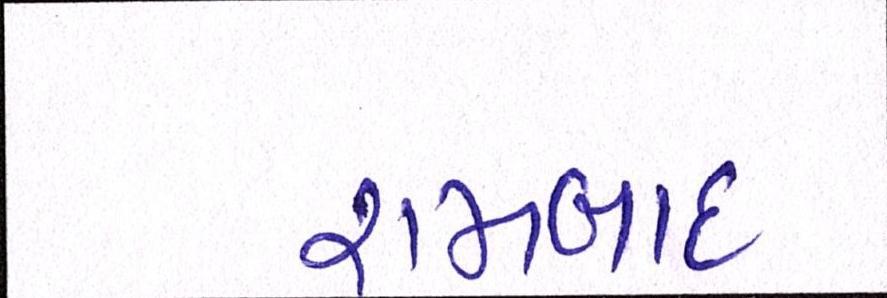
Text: રામબાદ